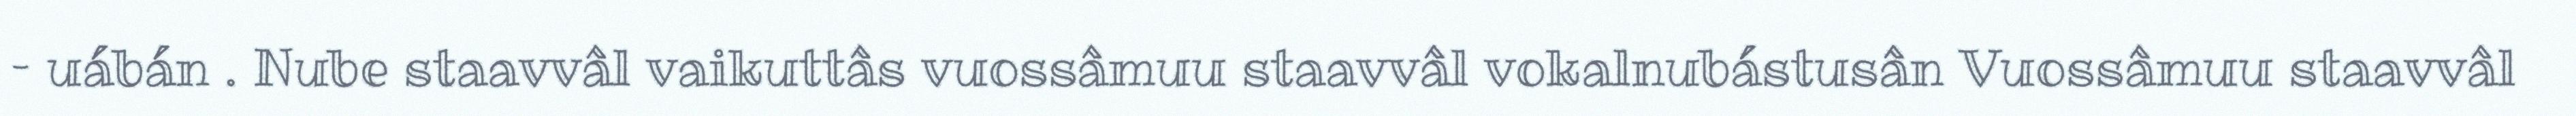
– uábán . Nube staavvâl vaikuttâs vuossâmuu staavvâl vokalnubástusân Vuossâmuu staavvâl